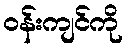
ဝန်းကျင်ကို